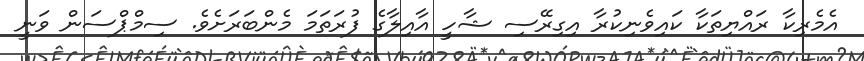
އެމެރިކާ ރައްޔިތަކާ ކައިވެނިކުރާ އިގިރޭސި ޝާހީ އާއިލާގެ ފުރަތަމަ މެންބަރަށެވެ. ސިމްޕްސަން ވަނީ